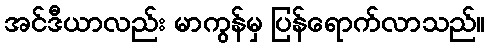
အင်ဒီယာလည်း မာကွန်မှ ပြန်ရောက်လာသည်။